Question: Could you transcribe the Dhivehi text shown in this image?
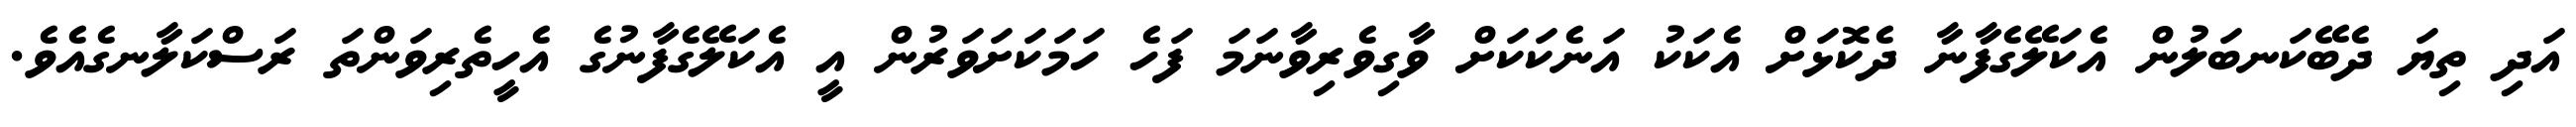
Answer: އަދި ތިޔަ ދެބޭކަނބަލުން އެކަލޭގެފާނާ ދެކޮޅަށް އެކަކު އަނެކަކަށް ވާގިވެރިވާނަމަ ފަހެ ހަމަކަށަވަރުން އީ އެކަލޭގެފާނުގެ އެހީތެރިވަންތަ ރަސްކަލާނގެއެވެ.